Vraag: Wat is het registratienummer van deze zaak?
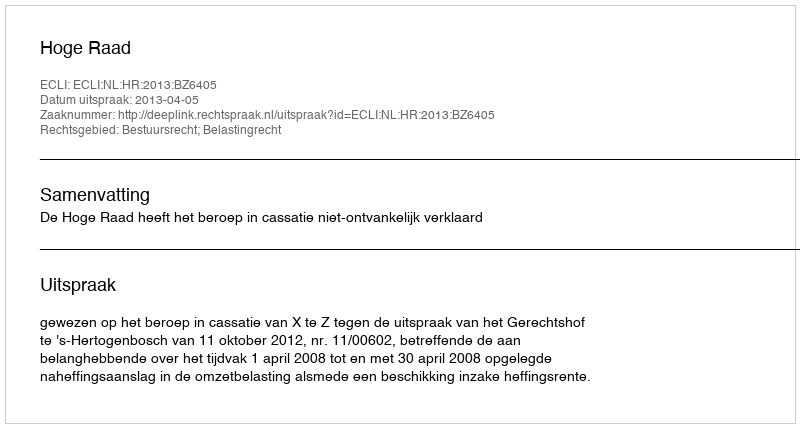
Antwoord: http://deeplink.rechtspraak.nl/uitspraak?id=ECLI:NL:HR:2013:BZ6405